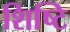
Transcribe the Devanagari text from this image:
शिष्टि